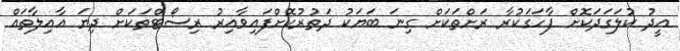
އީދު ކުލަގަދަކޮށް ފާހަގަކުރާ ރަށްތަކަށް ގިނަ ބަޔަކު ދަތުރުކޮށްފައިވާއިރު ރިސޯޓްތަކަށް ދިޔަ އާއިލާތައް